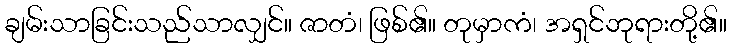
ချမ်းသာခြင်းသည်သာလျှင်။ ဇာတံ၊ ဖြစ်၏။ တုမှာကံ၊ အရှင်ဘုရားတို့၏။